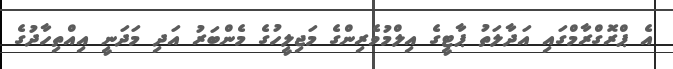
އެ ޕްރޮގްރާމްގައި އަދާލަތު ޕާޓީގެ އިލްމުވެރިންގެ މަޖިލީހުގެ މެންބަރު އަދި މަދަނީ އިއްތިހާދުގެ